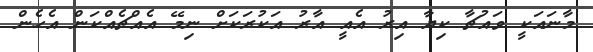
މާނައަކީ ވައުޗާ ކިޔާ އިރު އެއީ އާރު އަކުރަކަށް ނިމޭ އެއްޗެއްކަން އެހެން